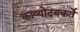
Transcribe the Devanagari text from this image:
काव्योदयकर्ते